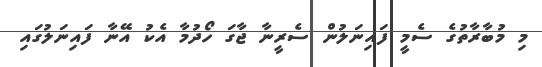
މި މުބާރާތުގެ ސެމީ ފައިނަލުން ސެރީނާ ޖާގަ ހޯދުމާ އެކު އޭނާ ފައިނަލުގައި